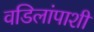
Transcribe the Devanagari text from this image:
वडिलांपाशी